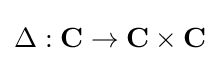
\Delta :\mathbf {C} \to \mathbf {C} \times \mathbf {C}